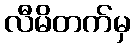
လီမိတက်မှ